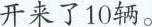
开来了10辆。